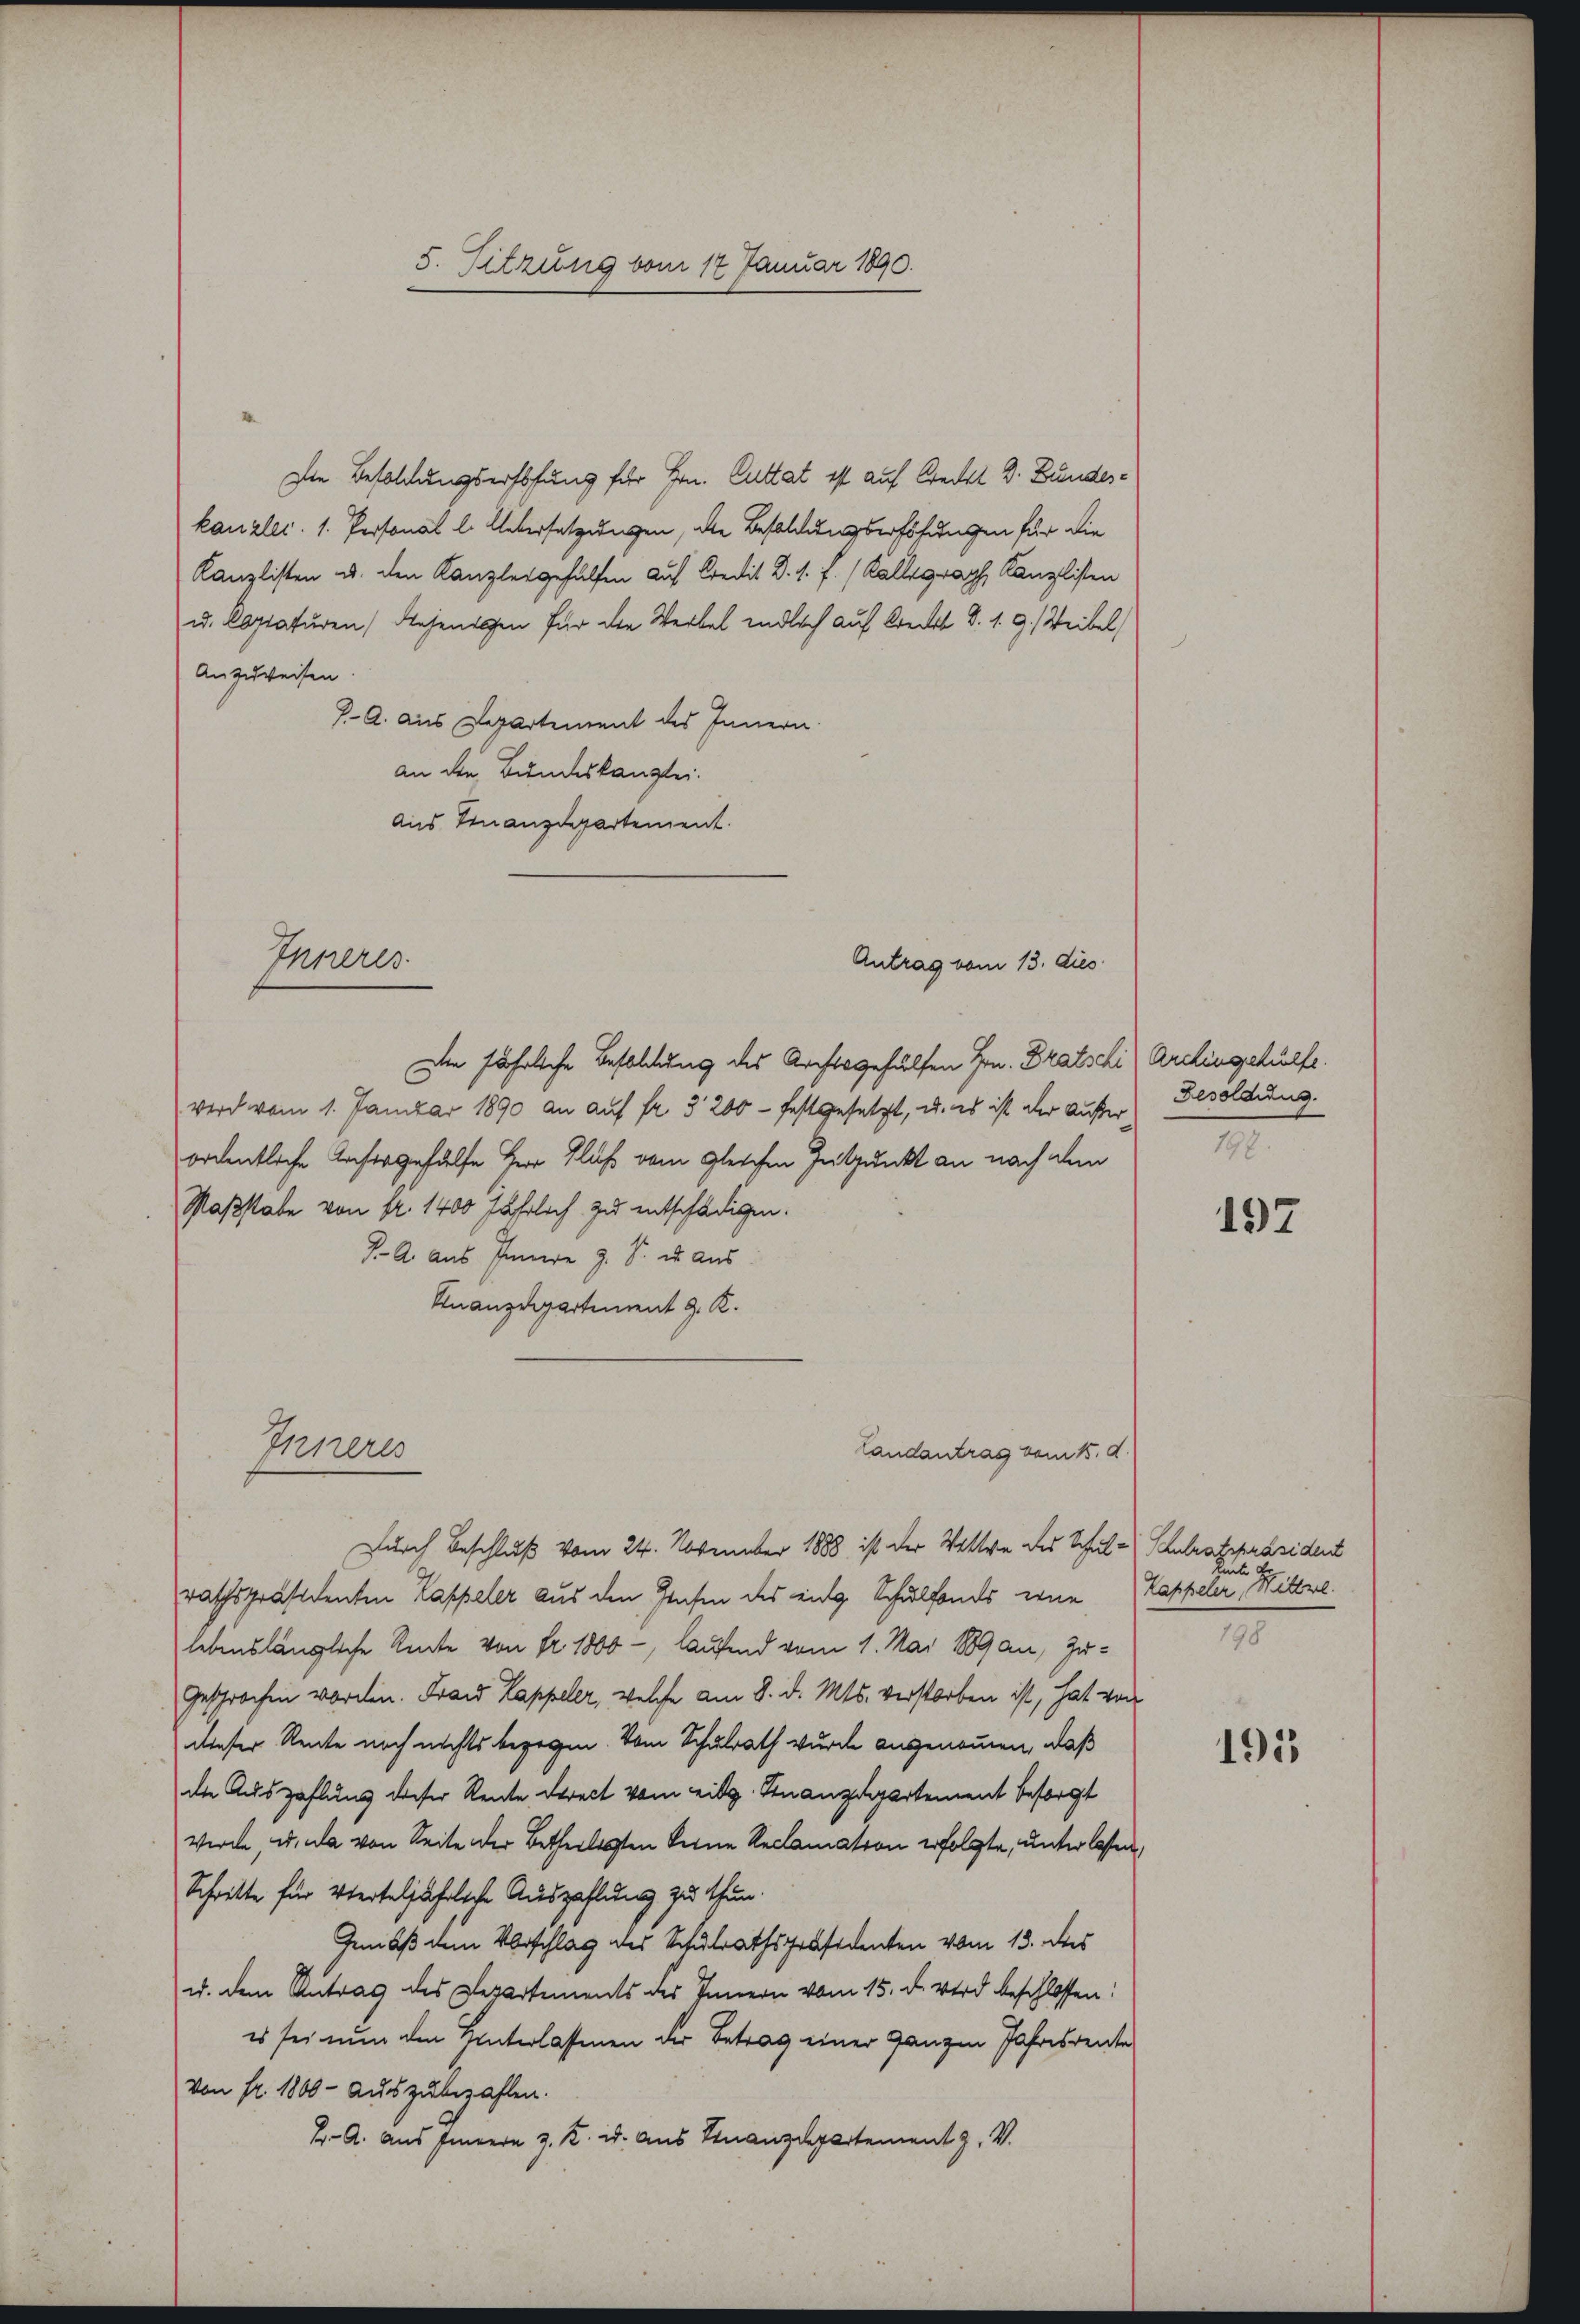
5. Sitzung vom 17. Januar 1890.

Die Besoldungserhohung für Hrn. Cuttat ist auf Creckt D. Bundeskanzlei. 1. Personal l. Uebersetzungen, die Besoldungserhöhungen für die
Kanzlisten u. den Kanzleigehülfen auf Kredit d. 1. f. (Kallograph Kanzlisten
u. Captaturen, gehenden für den Werbel endlich auf Kreckt d. 1. 9.) Weibel
Anzuweisen
J. A. aus Departement des Innern.
an die Bundeskanzlei.
Aus Finanzdepartement.
Die jährliche Besoldung des Archorgehülfen Hrn. Bratschi) Archingehülfe.
wird vom 1. Januar 1890 an auf fr. 3200 - festgesetzt, u. es ist der Außerordentliche Ansorgehülfe Herr Fluß vom gleichen Zeitpunkt an nach den
Maßstabe von fr. 1400 fährlich zu entschädigen.
J. A. Aus Innere z. S. u. aus
Finanzdepartement z. R.
Inneres
Landantrag vom 15. d.
Durch Beschluß vom 24. November 1888 ist der Wittwe des Schule Schulratspräsident
rathspräsidenten Kappeler aus den Geisten des eidg. Schulfonds eine Kappeler, Mittwe.
lebenslängliche Rente von Fr. 1800 -, laufend vom 1. Mai 1889 an, Zu¬
Gesprochen worden. Frau Kappeler, welche am 8. d. Mts. verstorben ist, hat von
dieser Rente noch nichts begegen. Vom Schulrath wurde angenommen, daß
die Auszahlung dieser Rente Streit vom eidg. Finanzdepartement besorgt
Werde, u. da von Seite der Betheiligten keine Reclamation erfolgte, unterlassen,
Schritte für verteljährliche Auszahlung zu thun.
Gemäß dem Vorschlag des Schulrathspräsidenten vom 13. des
u. dem Antrag des Departements des Innern vom 15. d. wird beschlossen:
es sei nun den Hinterlassenen der Betrag einer ganzen Jahresrente
Von fr. 1800 - auszubezahlen.
E A. aus Innern z. B. u. aus Finanzdepartement z. V.

Inneres
Antrag vom 13. dies

Besoldung.
198.

197

t H
198.

195